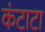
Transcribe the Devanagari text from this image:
कंटाटा